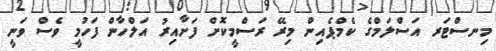
މިނސްޓަރ އަސްލަމްގެ ކެމްޕެއިން މިރޭ ރަސްމީކޮށް ފަށާއިރު އަލްހާން ފަހުމީ ވެސް ވަނީ